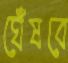
ঘেঁষবে